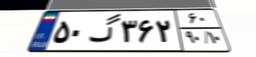
۵۰گ۳۶۲۶۰